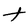
Character: t